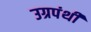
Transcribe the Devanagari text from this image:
उग्रपंथी